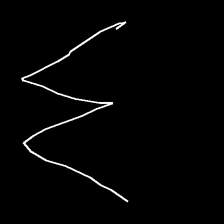
Glyph: crush